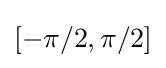
\left[-\pi /2,\pi /2\right]